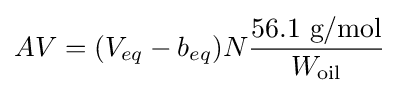
AV=(V_{eq}-b_{eq})N{\frac {\text{56.1 g/mol}}{W_{\text{oil}}}}